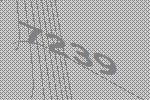
7239